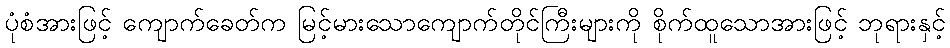
ပုံစံအားဖြင့် ကျောက်ခေတ်က မြင့်မားသောကျောက်တိုင်ကြီးများကို စိုက်ထူသောအားဖြင့် ဘုရားနှင့်